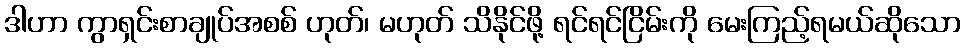
ဒါဟာ ကွာရှင်းစာချုပ်အစစ် ဟုတ်၊ မဟုတ် သိနိုင်ဖို့ ရင်ရင်ငြိမ်းကို မေးကြည့်ရမယ်ဆိုသော